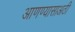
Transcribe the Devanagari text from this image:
आणण्यासाअठी